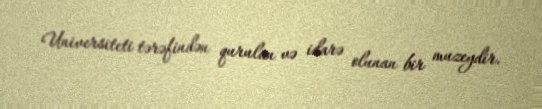
Universiteti tərəfindən qurulan və idarə olunan bir muzeydir.